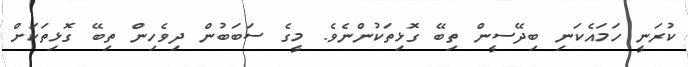
ކުރަނީ ހަމައެކަނި ބިދޭސީން ތިބޭ ގޮޅިތަކުންނެވެ. މީގެ ސަބަބުން ދިވެހިން ތިބޭ ގޮޅިތަކަށް